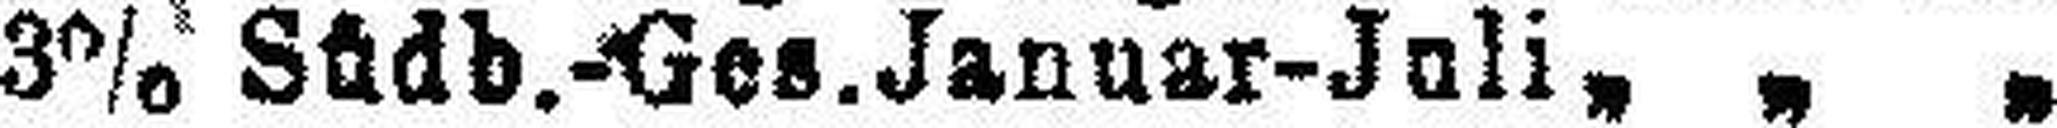
3% Südb.-Ges.Januar-Juli „ „ „